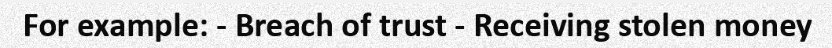
For example: - Breach of trust - Receiving stolen money